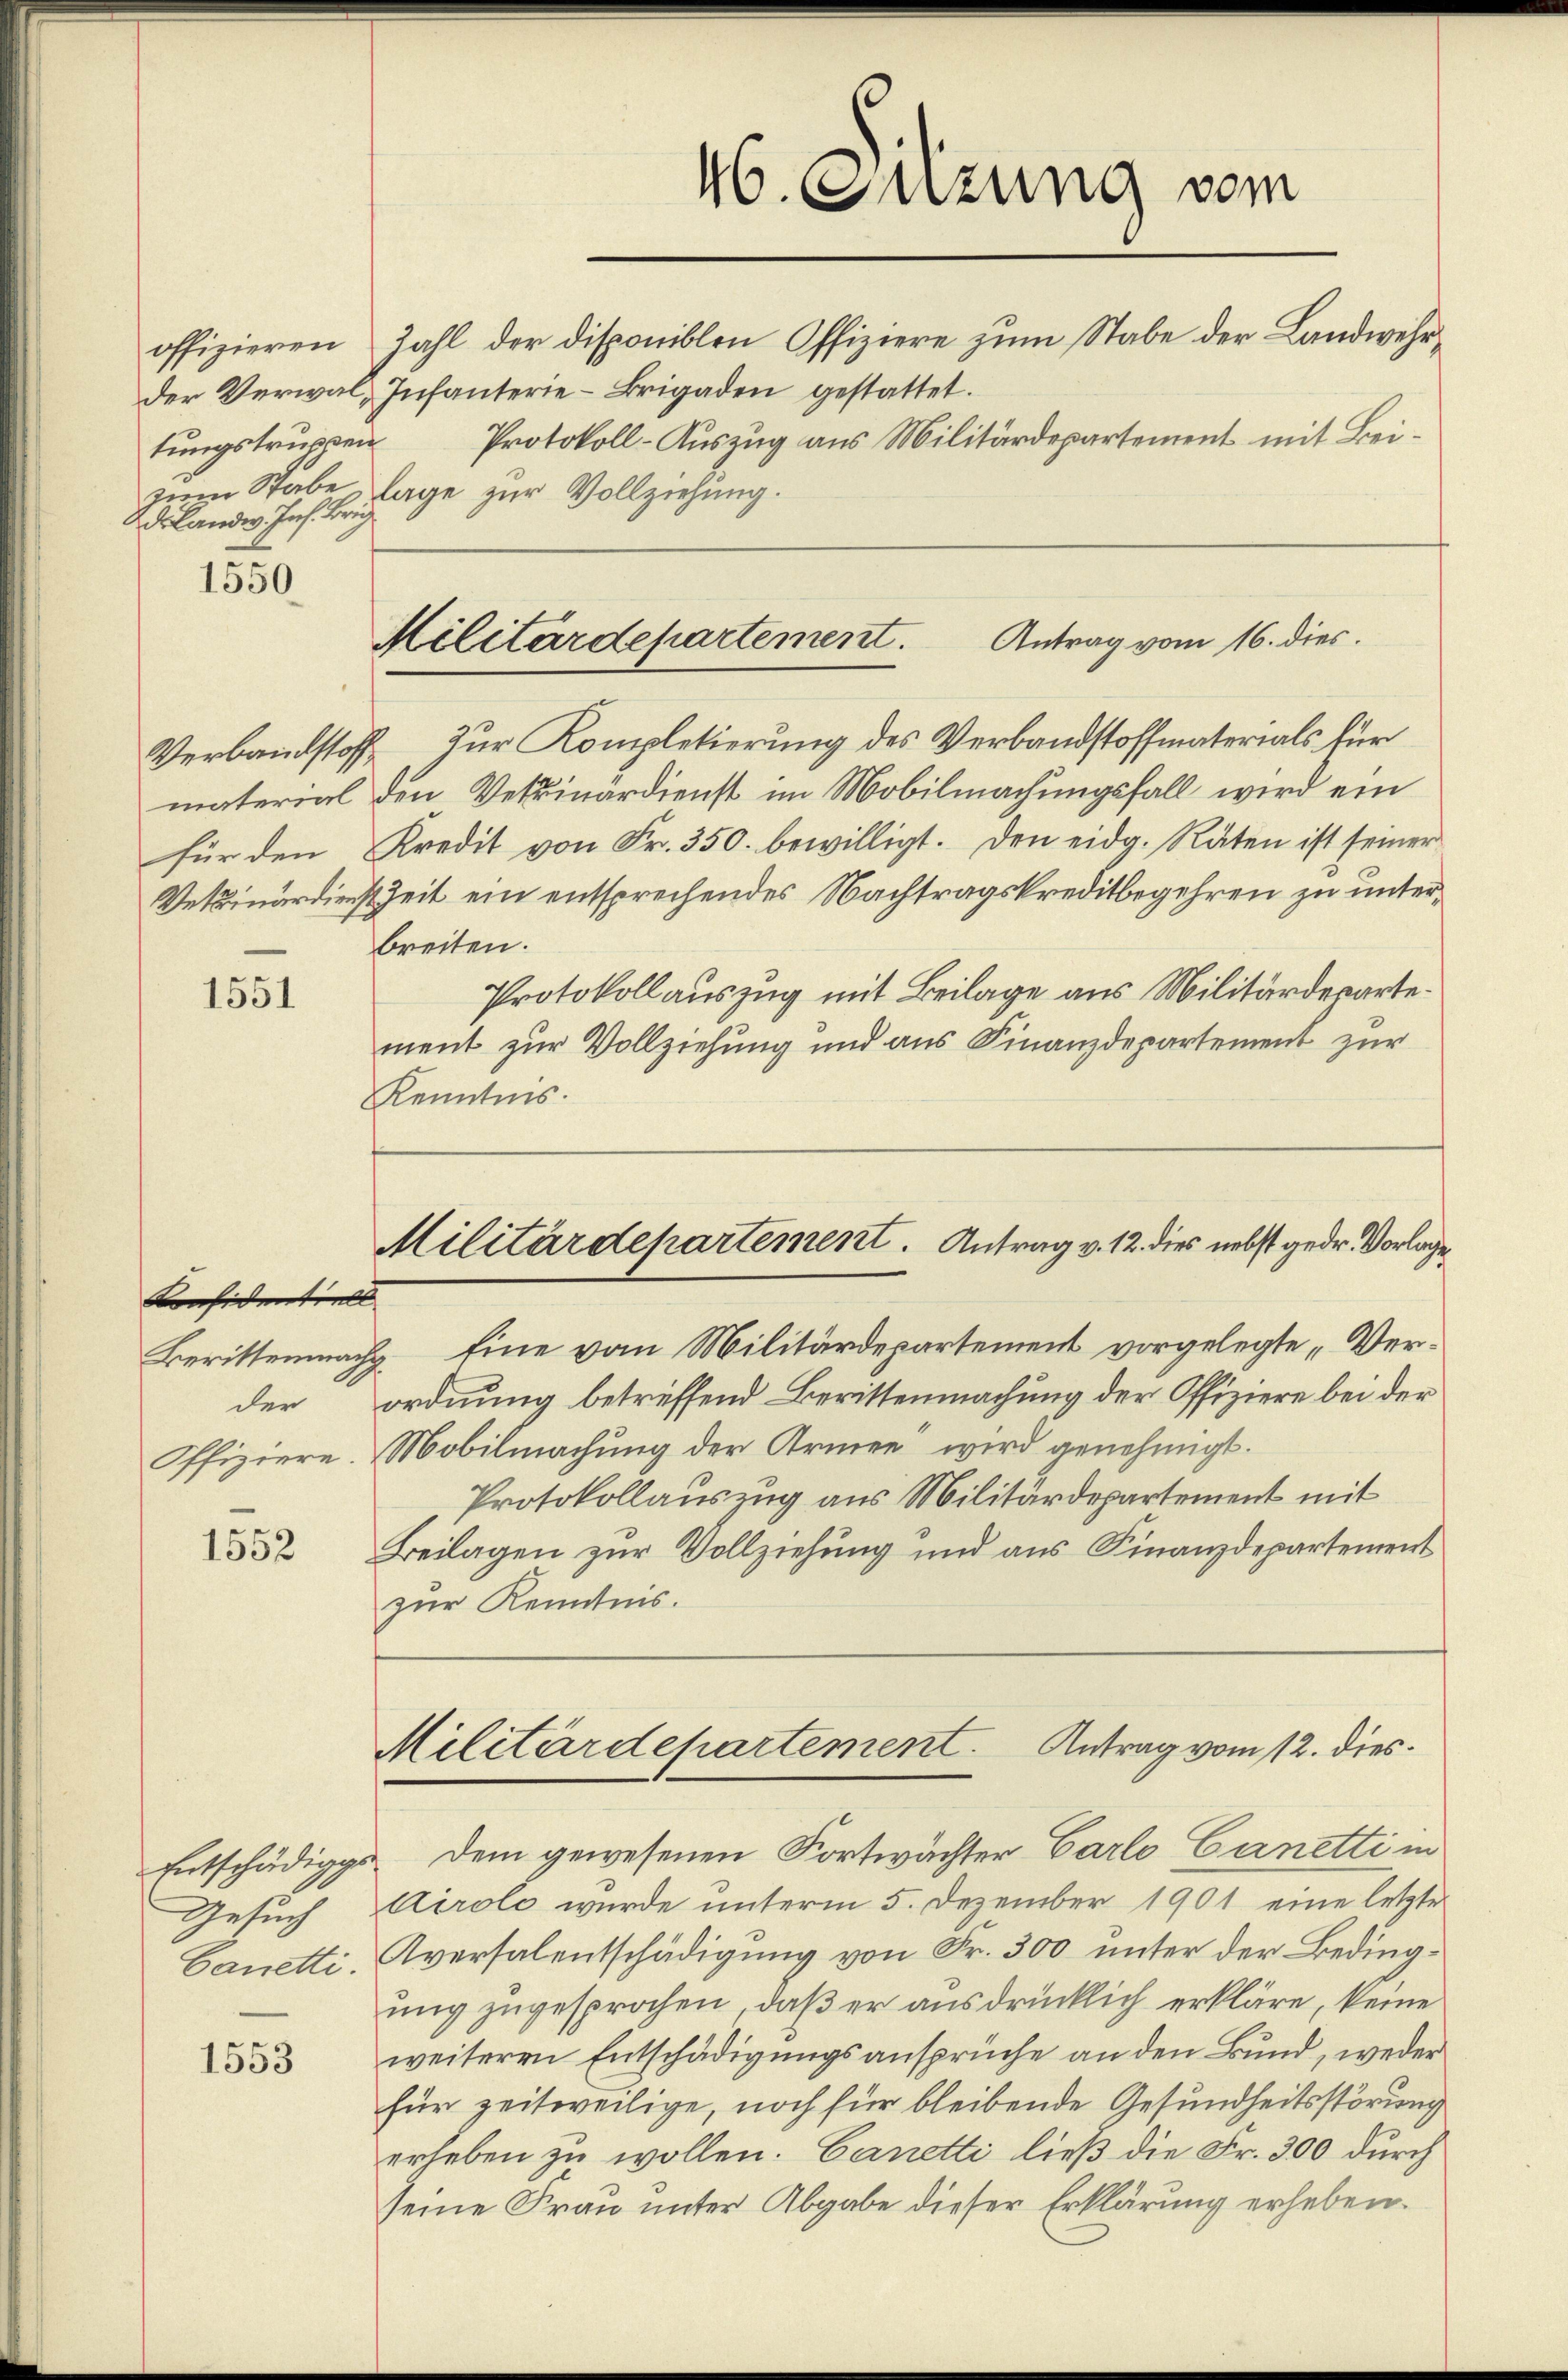
tungstruppen
2dlandw. Jos. Brich

1550

1551

Considentiell
der

1552

Gesuch
Canetti.

1553

der Verwal-Infanterie-Brigaden gestattet.
zum Stabe, lage zur Vollziehung.

Verbandstoff zur Kompletierung des Verbandstoffmaterials für
material den Verdinärdienst im Mobilmachungsfall wird ein
für den Kredit von Fr. 350. bewilligt. Den eidg. Räten ist seiner
Vetrinärdienstzeit ein entsprechendes Nachtragskreditbegehren zu unterbreiten.
Protokollauszug mit Beilage aus Militärdepartement zur Vollziehung und aus Finanzdepartement zur
Kenntnis.

46. Sitzung vom
offizieren Zahl der disponiblen Offiziere zum Stabe der Landwehr¬
Protokoll-Auszug aus Militärdepartement mit Bei¬

Militärdepartement. Antrag vom 16. dies

Militärdepartement. Antrag v. 12. dies nebst gedr. Vorlage,

Berittenmach Eine vom Militärdepartement vorgelegte „Verordnung betreffend Berittenmachung der Offiziere bei der
Offiziere. Mobilmachung der Armen wird genehmigt.
Protokollauszug aus Militärdepartement mit
Beilagen zur Vollziehung und aus Finanzdepartement
zur Kenntnis.

Militärdepartement. Antrag vom 12. dies
Entschädigs dem gewesenen Fortwächter Carlo Canetti in

Airole wurde unterm 5. Dezember 1901 eine letzte
Aversalentschädigung von Fr. 300 unter der Bedingung zugesprochen, daß er ausdrücklich erkläre, keine
weiteren Entschädigungsansprüche an den Bund, weder
für zeitweilige, noch für bleibende Gesundheitsstörung
erheben zu wollen. Canetti ließ die Fr. 300 durch
seine Frau unter Abgabe dieser Erklärung erheben.